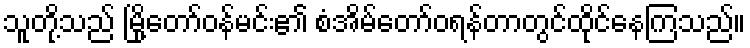
သူတို့သည် မြို့တော်ဝန်မင်း၏ စံအိမ်တော်ဝရန်တာတွင်ထိုင်နေကြသည်။